Civil Veterinary Dept. Assam report 1927-50 - 1927-1950
Year: 1927
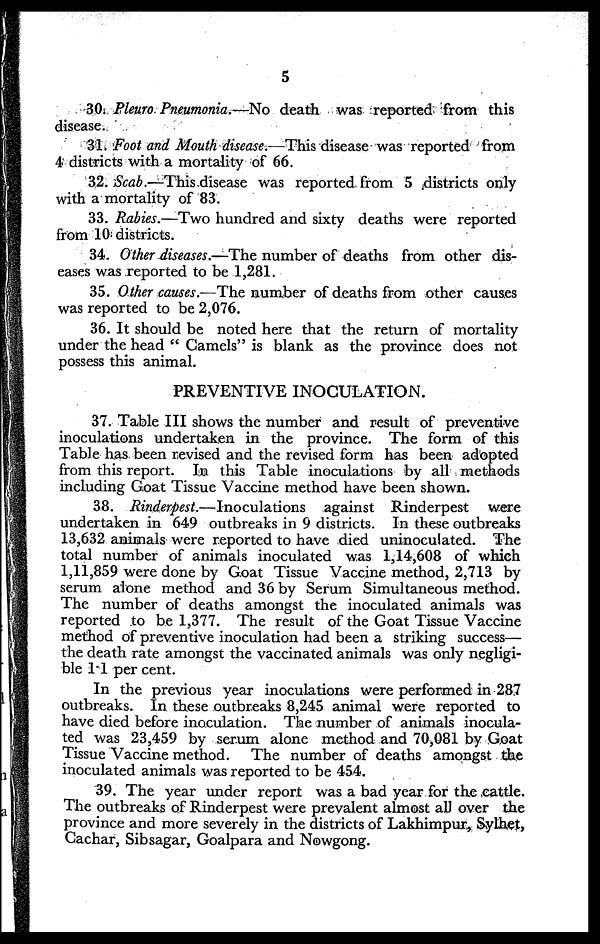
5
30. Pleuro Pneumonia.—No death was reported from this
disease.
31. Foot and Mouth disease.—This disease was reported from
4 districts with a mortality of 66.
32. Scab.—This disease was reported from 5 districts only
with a mortality of 83.
33. Rabies.—Two hundred and sixty deaths were reported
from 10 districts.
34. Other diseases.—The number of deaths from other dis-
eases was reported to be 1,281.
35. Other causes.—The number of deaths from other causes
was reported to be 2,076.
36. It should be noted here that the return of mortality
under the head "Camels" is blank as the province does not
possess this animal.
PREVENTIVE INOCULATION.
37. Table III shows the number and result of preventive
inoculations undertaken in the province. The form of this
Table has been revised and the revised form has been adopted
from this report. In this Table inoculations by all methods
including Goat Tissue Vaccine method have been shown.
38. Rinderpest.—Inoculations
against Rinderpest were
undertaken in 649 outbreaks in 9 districts. In these outbreaks
13,632 animals were reported to have died uninoculated. The
total number of animals inoculated was 1,14,608 of which
1,11,859 were done by Goat Tissue Vaccine method, 2,713 by
serum alone method and 36 by Serum Simultaneous method.
The number of deaths amongst the inoculated animals was
reported to be 1,377. The result of the Goat Tissue Vaccine
method of preventive inoculation had been a striking success—
the death rate amongst the vaccinated animals was only negligi-
ble 1.1 per cent.
In the previous year inoculations were performed in 287
outbreaks. In these outbreaks 8,245 animal were reported to
have died before inoculation. The number of animals inocula-
ted was 23,459 by serum alone method and 70,081 by Goat
Tissue Vaccine method. The number of deaths amongst the
inoculated animals was reported to be 454.
39. The year under report was a bad year for the cattle.
The outbreaks of Rinderpest were prevalent almost all over the
province and more severely in the districts of Lakhimpur, Sylhet,
Cachar, Sibsagar, Goalpara and Nowgong.